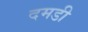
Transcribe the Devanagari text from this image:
दमडी